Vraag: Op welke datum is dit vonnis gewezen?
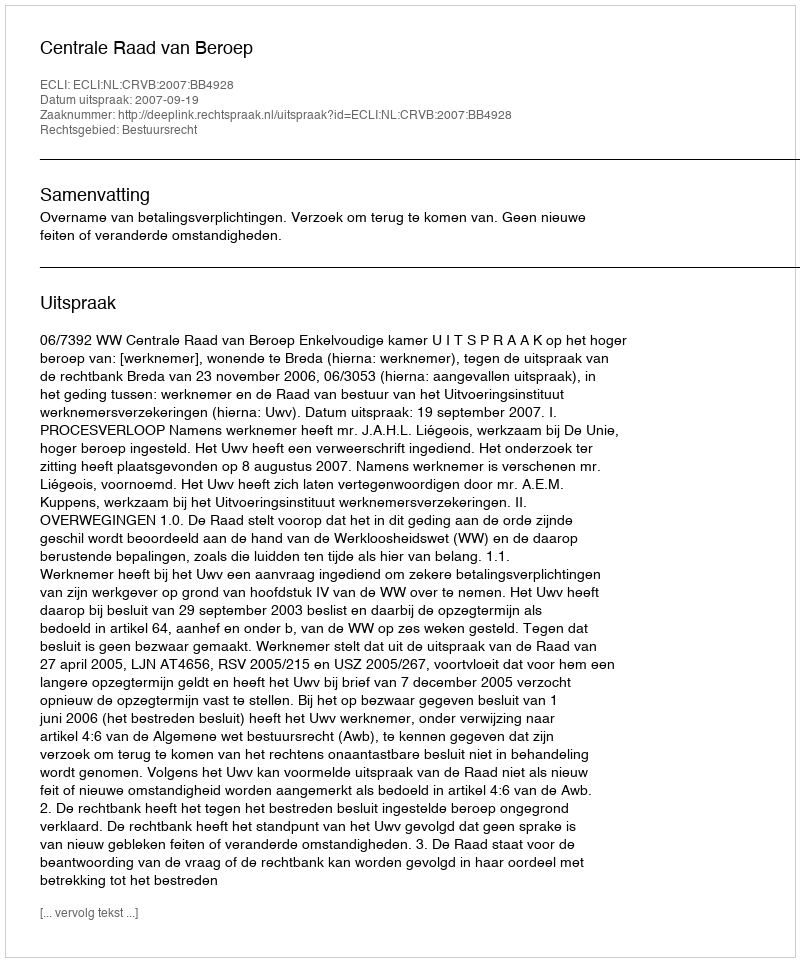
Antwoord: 2007-09-19